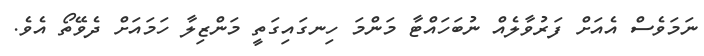
ނަމަވެސް އެއަށް ފަރުވާލެއް ނުބަހައްޓާ މަންމަ ހިނގައިގަތީ މަންޒިލާ ހަމައަށް ދެވޭތޯ އެވެ.